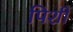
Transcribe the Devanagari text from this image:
पिशी